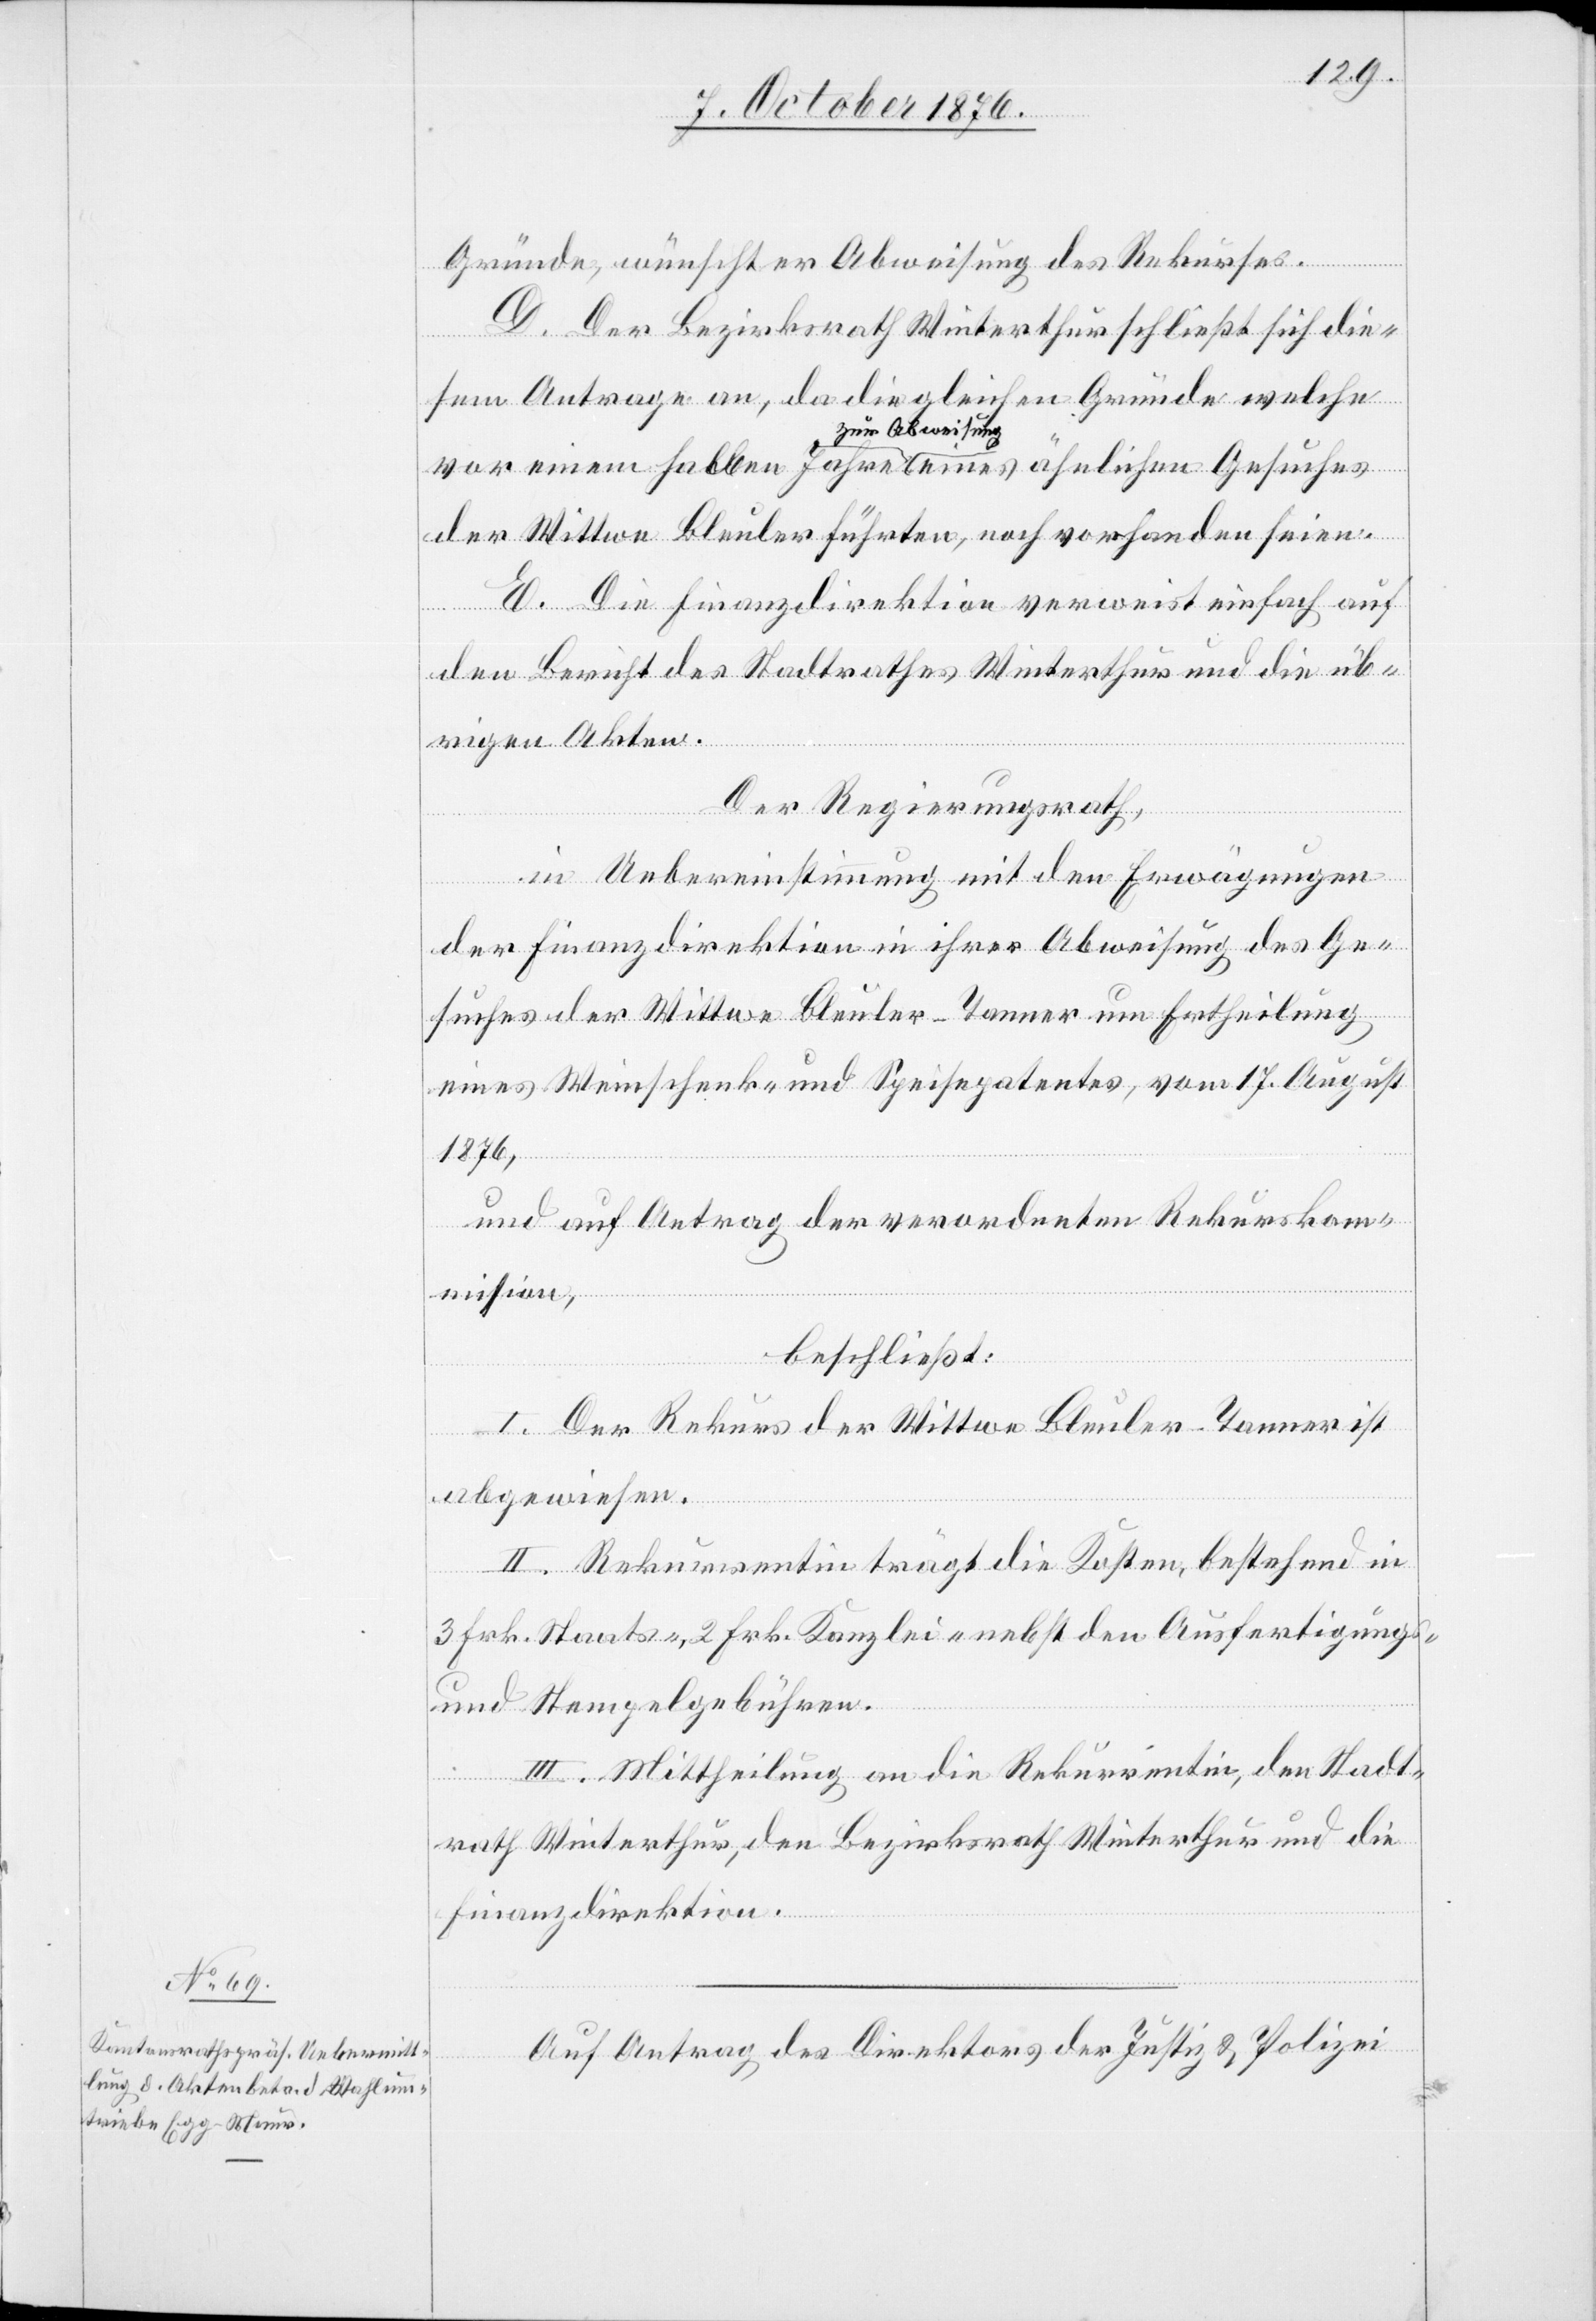
Gründe, wünscht er Abweisung des Rekurses.
D. Der Bezirksrath Winterthur schließt sich die¬
sem Antrage an, da die gleichen Gründe welche
zur Abweisung
der Wittwe Bleuler führten, noch vorhanden seien.
E. Die Finanzdirektion verweist einfach auf
den Bericht des Stadtrathes Winterthur und die üb¬
rigen Akten.
Der Regierungsrath,
in Uebereinstimmung mit den Erwägungen
der Finanzdirektion in ihrer Abweisung des Ge¬
suches der Wittwe Bleuler-Tanner um Ertheilung
eines Weinschenk- und Speisepatentes, vom 17. August
1876,
und auf Antrag der verordneten Rekurskom¬
mission,
beschließt:
I. Der Rekurs der Wittwe Bleuler-Tanner ist
abgewiesen.
II. Rekurrentin trägt die Kosten, bestehend in
3 Frk. Staats-, 2 Frk. Kanzlei- nebst den Ausfertigungs-
vor
und Stempelgebühren.
III. Mittheilung an die Rekurrentin, den Stadt¬
ähnlichen
rath Winterthur, den Bezirksrath Winterthur und an die
Finanzdirektion.
eines
Auf Antrag der Direktion der Justiz & Polizei